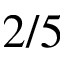
2 / 5